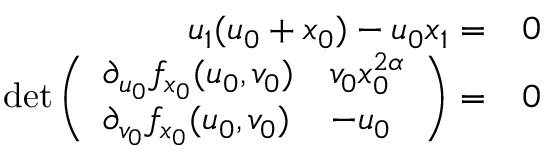
\begin{array} { r l } { u _ { 1 } ( u _ { 0 } + x _ { 0 } ) - u _ { 0 } x _ { 1 } = } & { 0 } \\ { \operatorname* { d e t } \left( \begin{array} { l l } { \partial _ { u _ { 0 } } f _ { x _ { 0 } } ( u _ { 0 } , v _ { 0 } ) } & { v _ { 0 } x _ { 0 } ^ { 2 \alpha } } \\ { \partial _ { v _ { 0 } } f _ { x _ { 0 } } ( u _ { 0 } , v _ { 0 } ) } & { - u _ { 0 } } \end{array} \right) = } & { 0 } \end{array}